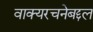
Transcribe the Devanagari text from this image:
वाक्यरचनेबद्दल